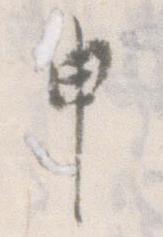
申